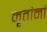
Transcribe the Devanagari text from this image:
मृतांनां